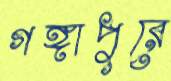
গঙ্গাপুরে